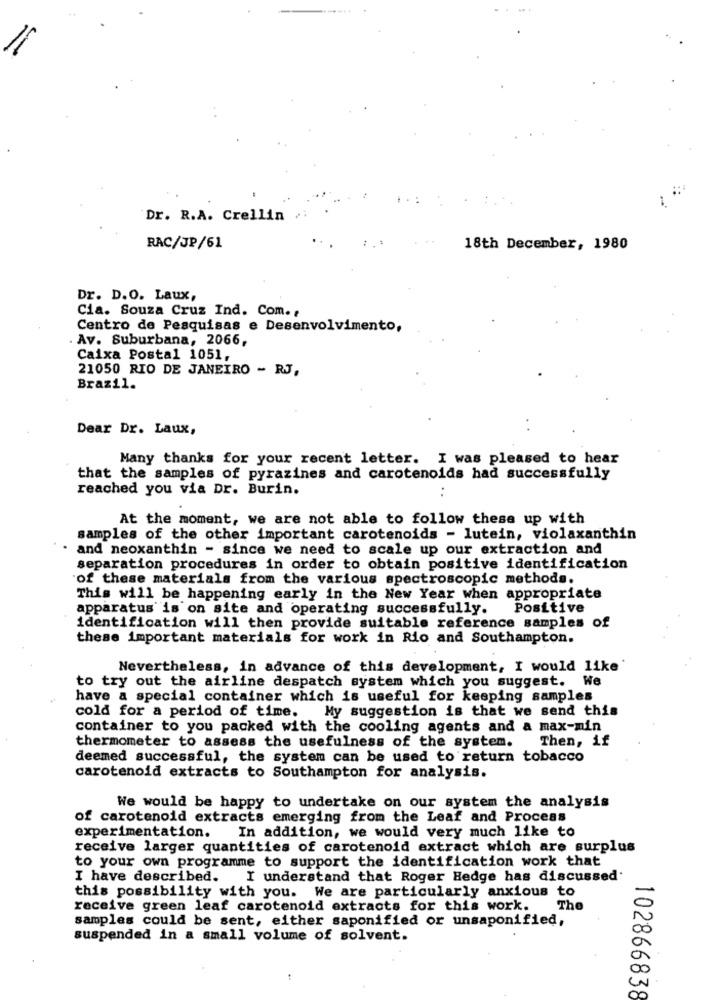
Dr. R.A. Crellin
RAC/JP/61
18th December, 1980
Dr. D.O. Laux,
Cia. Souza Cruz Ind. Com. ,
Centro de Pesquisas e Desenvolvimento,
Av. Suburbana, 2066,
Caixa Postal 1051,
21050 RIO DE JANEIRO - RJ,
Brazil.
Dear Dr. Laux,
Many thanks for your recent letter. I was pleased to hear
that the samples of pyrazines and carotenoids had successfully
reached you via Dr. Burin.
At the moment, we are not able to follow these up with
samples of the other important carotenoids - lutein, violaxanthin
and neoxanthin - since we need to scale up our extraction and
separation procedures in order to obtain positive identification
`of these materials from the various spectroscopic methods.
This will be happening early in the New Year when appropriate
apparatus is on site and operating successfully.
Positive
identification will then provide suitable reference samples of
these important materials for work in Rio and Southampton.
Nevertheless, in advance of this development, I would like
to try out the airline despatch system which you suggest. We
have a special container which is useful for keeping samples
cold for a period of time. My suggestion is that we send this
container to you packed with the cooling agents and a max-min
Then, if
thermometer to assess the usefulness of the system.
deemed successful, the system can be used to return tobacco
carotenold extracts to Southampton for analysis.
We would be happy to undertake on our system the analysis
of carotenoid extracts emerging from the Leaf and Process
experimentation. In addition, we would very much like to
receive larger quantities of carotenold extract which are surplus
to your own programme to support the identification work that
I have described.
I understand that Roger Hedge has discussed
this possibility with you. We are particularly anxious to
receive green leaf carotenoid extracts for this work.
The
samples could be sent, either saponified or unsaponified,
suspended in a small volume of solvent.
102866838